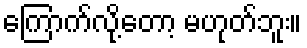
ကြောက်လို့တော့ မဟုတ်ဘူး။